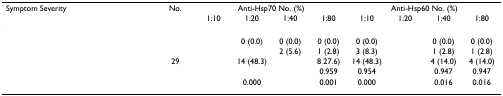
<table><thead><tr><td><b>Symptom Severity</b></td><td><b>No.</b></td><td colspan="4"><b>Anti-Hsp70 No. (%)</b></td><td colspan="4"><b>Anti-Hsp60 No. (%)</b></td></tr><tr><td>[EMPTY_CELL]</td><td>[EMPTY_CELL]</td><td><b>1:10</b></td><td><b>1:20</b></td><td><b>1:40</b></td><td><b>1:80</b></td><td><b>1:10</b></td><td><b>1:20</b></td><td><b>1:40</b></td><td><b>1:80</b></td></tr></thead><tbody><tr><td>[EMPTY_CELL]</td><td>[EMPTY_CELL]</td><td>[EMPTY_CELL]</td><td>0 (0.0)</td><td>0 (0.0)</td><td>0 (0.0)</td><td>0 (0.0)</td><td>[EMPTY_CELL]</td><td>0 (0.0)</td><td>0 (0.0)</td></tr><tr><td>[EMPTY_CELL]</td><td>[EMPTY_CELL]</td><td>[EMPTY_CELL]</td><td>[EMPTY_CELL]</td><td>2 (5.6)</td><td>1 (2.8)</td><td>3 (8.3)</td><td>[EMPTY_CELL]</td><td>1 (2.8)</td><td>1 (2.8)</td></tr><tr><td>[EMPTY_CELL]</td><td>29</td><td>[EMPTY_CELL]</td><td>14 (48.3)</td><td>[EMPTY_CELL]</td><td>8 27.6)</td><td>14 (48.3)</td><td>[EMPTY_CELL]</td><td>4 (14.0)</td><td>4 (14.0)</td></tr><tr><td>[EMPTY_CELL]</td><td>[EMPTY_CELL]</td><td>[EMPTY_CELL]</td><td>[EMPTY_CELL]</td><td>[EMPTY_CELL]</td><td>0.959</td><td>0.954</td><td>[EMPTY_CELL]</td><td>0.947</td><td>0.947</td></tr><tr><td>[EMPTY_CELL]</td><td>[EMPTY_CELL]</td><td>[EMPTY_CELL]</td><td>0.000</td><td>[EMPTY_CELL]</td><td>0.001</td><td>0.000</td><td>[EMPTY_CELL]</td><td>0.016</td><td>0.016</td></tr></tbody></table>